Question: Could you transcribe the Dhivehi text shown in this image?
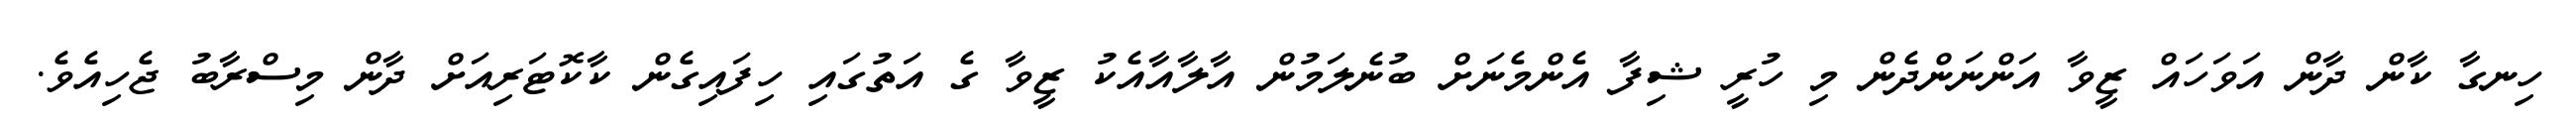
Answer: ހިނގާ ކާން ދާން އަވަހައް ޒީވާ އަންނަންދެން މި ހުރީ ޝިފާ އެންމެނަށް ބުނެލަމުން އާލާއާއެކު ޒީވާ ގެ އަތުގައި ހިފައިގެން ކާކޮޓަރިއަށް ދާން މިސްރާބު ޖެހިއެވެ.